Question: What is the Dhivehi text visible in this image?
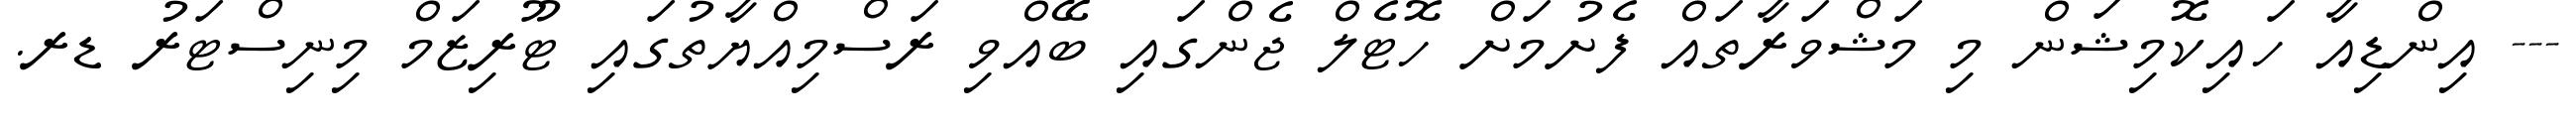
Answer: --- އިންޑިއާ ހައިކޮމިޝަން މި މަޝްވަރާތައް ފެށުމަށް ހޮޓެލް ޖެންގައި ބޭއްވި ރަސްމިއްޔާތުގައި ޓޫރިޒަމް މިނިސްޓަރު ޑރ.